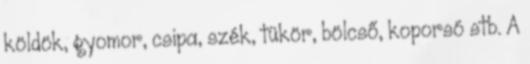
köldök, gyomor, csipa, szék, tükör, bölcső, koporsó stb. A